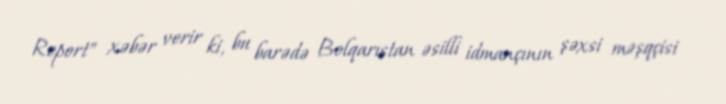
Report" xəbər verir ki, bu barədə Bolqarıstan əsilli idmançının şəxsi məşqçisi